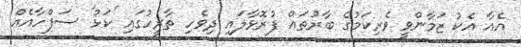
އެއާ އެކު ޒަމާންވީ ވެރިކަމުގެ ބާރުތައް ފުރޮޅާލައި ދިވެހި ތާރީހުގައި 'ކަޅު' ސަފްހާއެއް